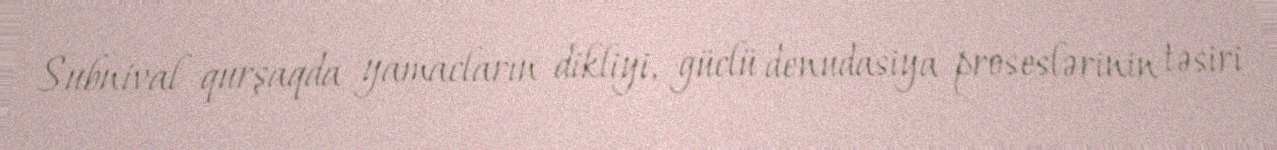
Subnival qurşaqda yamacların dikliyi, güclü denudasiya proseslərinin təsiri